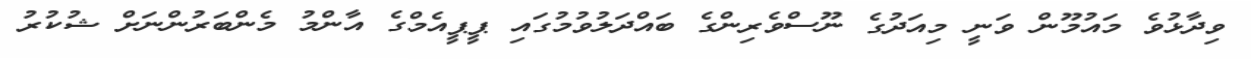
ވިދާޅުވެ މައުމޫން ވަނީ މިއަދުގެ ނޫސްވެރިންގެ ބައްދަލުވުމުގައި ޕީޕީއެމްގެ އާންމު މެންބަރުންނަށް ޝުކުރު